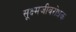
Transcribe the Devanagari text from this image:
सूक्ष्मजीवरोधक